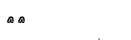
٨٩